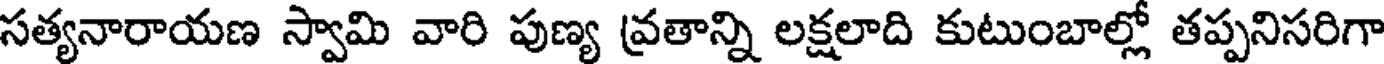
సత్యనారాయణ స్వామి వారి పుణ్య వ్రతాన్ని లక్షలాది కుటుంబాల్లో తప్పనిసరిగా